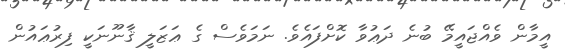
އީމާން ވެއްޖައީމޭ ބުނެ ދަޢުވާ ކޮށްފައެވެ. ނަމަވެސް ގެ ޢަޒަލީ ޤާނޫނަކީ ފިރުޢައުން